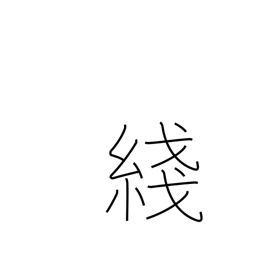
Meaning: thread